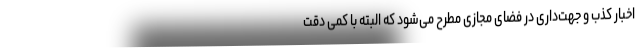
اخبار کذب و جهت‌داری در فضای مجازی مطرح می‌شود که البته با کمی دقت